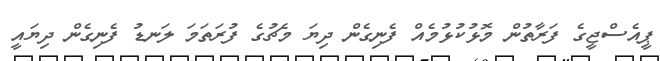
ޕީއެސްޖީގެ ފަރާތުން މޮޅުކުޅުމެއް ފެނިގެން ދިޔަ މެޗުގެ ފުރަތަމަ ލަނޑު ފެނިގެން ދިޔައީ